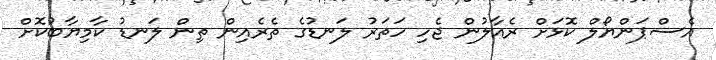
އެސްޕަންޔޯލް ކޮޅަށް ރެއާލުން ޖެހި ހަތަރު ލަނޑުގެ ތެރެއިން ތިން ލަނޑު ކާމިޔާބުކޮށް